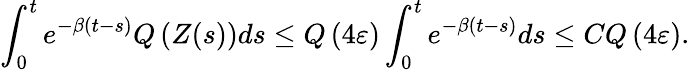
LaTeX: \int_{0}^{t}e^{-\beta(t-s)}Q\left(Z(s)\right)ds\le Q\left(4\varepsilon\right)\int_{0}^{t}e^{-\beta(t-s)}ds\le CQ\left(4\varepsilon\right).